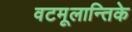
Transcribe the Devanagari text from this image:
वटमूलान्तिके